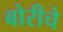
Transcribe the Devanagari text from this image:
बोरीचे